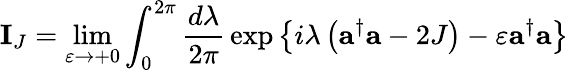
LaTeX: {\mathbf I}_{J}=\operatorname*{lim}_{\varepsilon\rightarrow+0}\int_{0}^{2\pi}{\frac{d\lambda}{2\pi}}\exp\left\{ {i\lambda\left({{\mathbf a}^{\dagger}{\mathbf a}-2J}\right)-\varepsilon{\mathbf a}^{\dagger}{\mathbf a}}\right\}